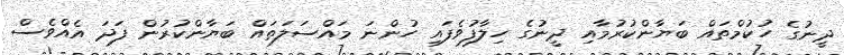
ދީނުގެ ހުކުމްތައް ބަޔާންކުރުމާއި ދީނުގެ ހިލާފުވެފައި ހުންނަ މައްސަލަތައް ބަޔާންކުރުން ފަދަ އެއްވެސް